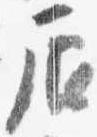
辰